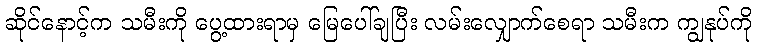
ဆိုင်နောင့်က သမီးကို ပွေ့ထားရာမှ မြေပေါ်ချပြီး လမ်းလျှောက်စေရာ သမီးက ကျွနုပ်ကို